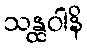
သန္ထဝါနိ